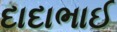
દાદાભાઈ